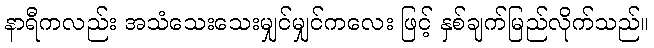
နာရီကလည်း အသံသေးသေးမျှင်မျှင်ကလေး ဖြင့် နှစ်ချက်မြည်လိုက်သည်။